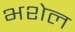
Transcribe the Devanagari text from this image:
भशेल